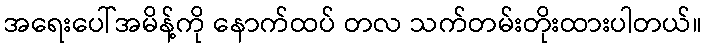
အရေးပေါ်အမိန့်ကို နောက်ထပ် တလ သက်တမ်းတိုးထားပါတယ်။